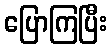
ပြောကြပြီး